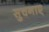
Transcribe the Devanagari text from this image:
सुचनाए